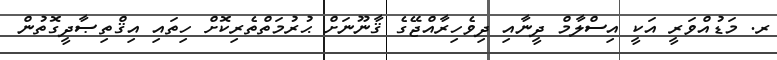
ރ. މަޑުއްވަރީ އަކީ އިސްލާމް ދީނާއި ދިވެހިރާއްޖޭގެ ޤާނޫނަށް ޙުރުމަތްތެެރިކޮށް ހިތައި އިޤްތިޞާދީގޮތުން